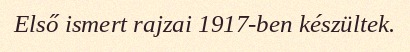
Első ismert rajzai 1917-ben készültek.